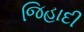
જિહાદી